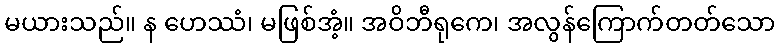
မယားသည်။ န ဟေဿံ၊ မဖြစ်အံ့။ အဝိဘီရုကေ၊ အလွန်ကြောက်တတ်သော